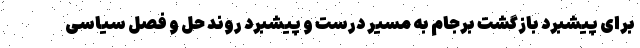
برای پیشبرد بازگشت برجام به مسیر درست و پیشبرد روند حل و فصل سیاسی